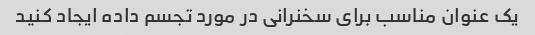
یک عنوان مناسب برای سخنرانی در مورد تجسم داده ایجاد کنید